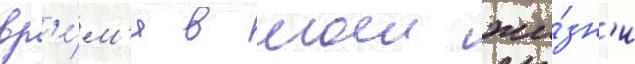
вр'е́м'я в моеи жи́зн'и